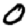
Digit: 0